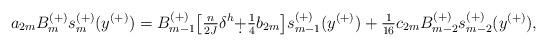
LaTeX: \begin{align*} a_{2m}B^{(+)}_ms^{(+)}_m(y^{(+)}) =B^{(+)}_{m-1}\big[\tfrac{n}{2J}\delta^h \d+\tfrac 14 b_{2m}\big]s^{(+)}_{m-1}(y^{(+)}) +\tfrac{1}{16} c_{2m}B^{(+)}_{m-2}s^{(+)}_{m-2}(y^{(+)}), \end{align*}